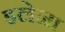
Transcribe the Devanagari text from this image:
इलेना